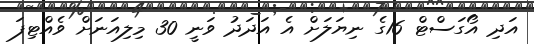
އަދި އޯގަސްޓް 16ގެ ނިޔަލަށް އެ އަދަދު ވަނީ 30 މިލިއަނަށް ވެއްޓިފަ